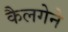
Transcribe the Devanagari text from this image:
कैलगेने